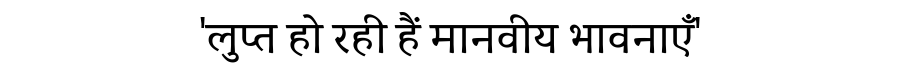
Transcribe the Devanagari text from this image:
'लुप्त हो रही हैं मानवीय भावनाएँ'